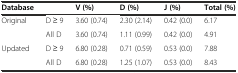
<table><thead><tr><td><b>Database</b></td><td></td><td><b>V (%)</b></td><td><b>D (%)</b></td><td><b>J (%)</b></td><td><b>Total (%)</b></td></tr></thead><tbody><tr><td rowspan="2">Original</td><td>D ≥ 9</td><td>3.60 (0.74)</td><td>2.30 (2.14)</td><td>0.42 (0.0)</td><td>6.17</td></tr><tr><td>All D</td><td>3.60 (0.74)</td><td>1.11 (0.99)</td><td>0.42 (0.0)</td><td>4.91</td></tr><tr><td rowspan="2">Updated</td><td>D ≥ 9</td><td>6.80 (0.28)</td><td>0.71 (0.59)</td><td>0.53 (0.0)</td><td>7.88</td></tr><tr><td>All D</td><td>6.80 (0.28)</td><td>1.25 (1.07)</td><td>0.53 (0.0)</td><td>8.43</td></tr></tbody></table>